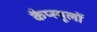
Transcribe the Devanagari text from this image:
कैप्स्यूलों